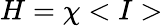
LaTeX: H=\chi<I>